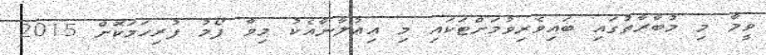
ވީމާ މި މުބާރާތުގައި ބައިވެރިވުމަށްޓަކައި މި އިޢުލާނާއެކު މިވާ ފޯމު ފުރިހަމަކޮށް 2015